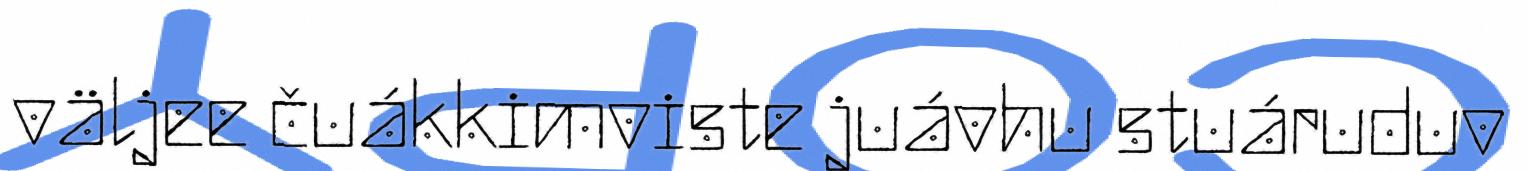
väljee čuákkimviste juávhu stuáruduv